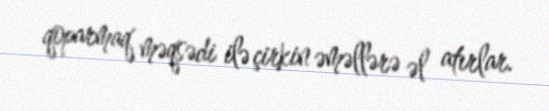
qoparmaq məqsədi ilə çirkin əməllərə əl atırlar.